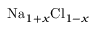
\mathrm { N a } _ { 1 + x } \mathrm { C l } _ { 1 - x }